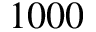
1 0 0 0